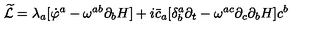
{ \widetilde { \cal L } } = \lambda _ { a } [ { \dot { \varphi } } ^ { a } - \omega ^ { a b } \partial _ { b } H ] + i { \bar { c } } _ { a } [ \delta _ { b } ^ { a } \partial _ { t } - \omega ^ { a c } \partial _ { c } \partial _ { b } H ] c ^ { b }